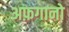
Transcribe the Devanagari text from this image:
अफ़गानो